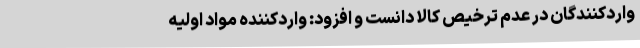
واردکنندگان در عدم ترخیص کالا دانست و افزود: واردکننده مواد اولیه